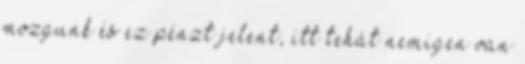
mozgunk és ez pénzt jelent, itt tehát nemigen van